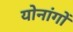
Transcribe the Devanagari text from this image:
योनांगों